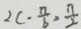
2 c \cdot \frac { \pi } { 6 } = \frac { n } { 2 }